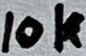
Text: 10k